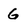
Character: G